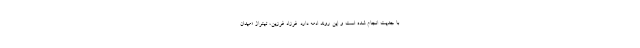
با جدیت انجام شده است و این روند ادمه دارد. فرزاد فرزین، تیتراژ «میدان